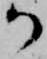
か